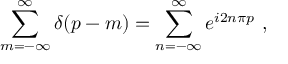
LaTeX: \sum _ { m = - \infty } ^ { \infty } \delta \! \left( p - m \right) = \sum _ { n = - \infty } ^ { \infty } e ^ { i 2 n \pi p } \ ,